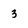
Character: 3